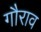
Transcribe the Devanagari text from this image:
गौराव